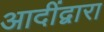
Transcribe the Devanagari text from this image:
आदींद्वारा